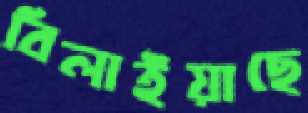
বিলাইয়াছে